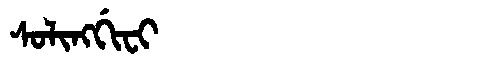
Manchu: ᠰᠣᠯᡳᠩᡤᡳᠸᡳ
Romanization: SOLINGGIFI